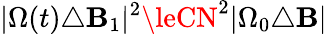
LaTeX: |\Omega(t)\triangle\mathbf{B}_{1}|^{2}\leCN^{2}|\Omega_{0}\triangle\mathbf{B}|